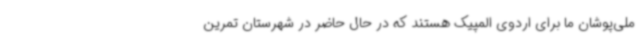
ملی‌پوشان ما برای اردوی المپیک هستند که در حال حاضر در شهرستان تمرین